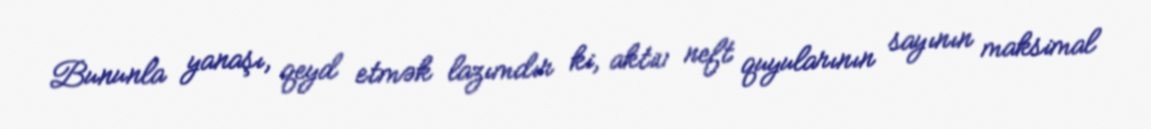
Bununla yanaşı, qeyd etmək lazımdır ki, aktiv neft quyularının sayının maksimal